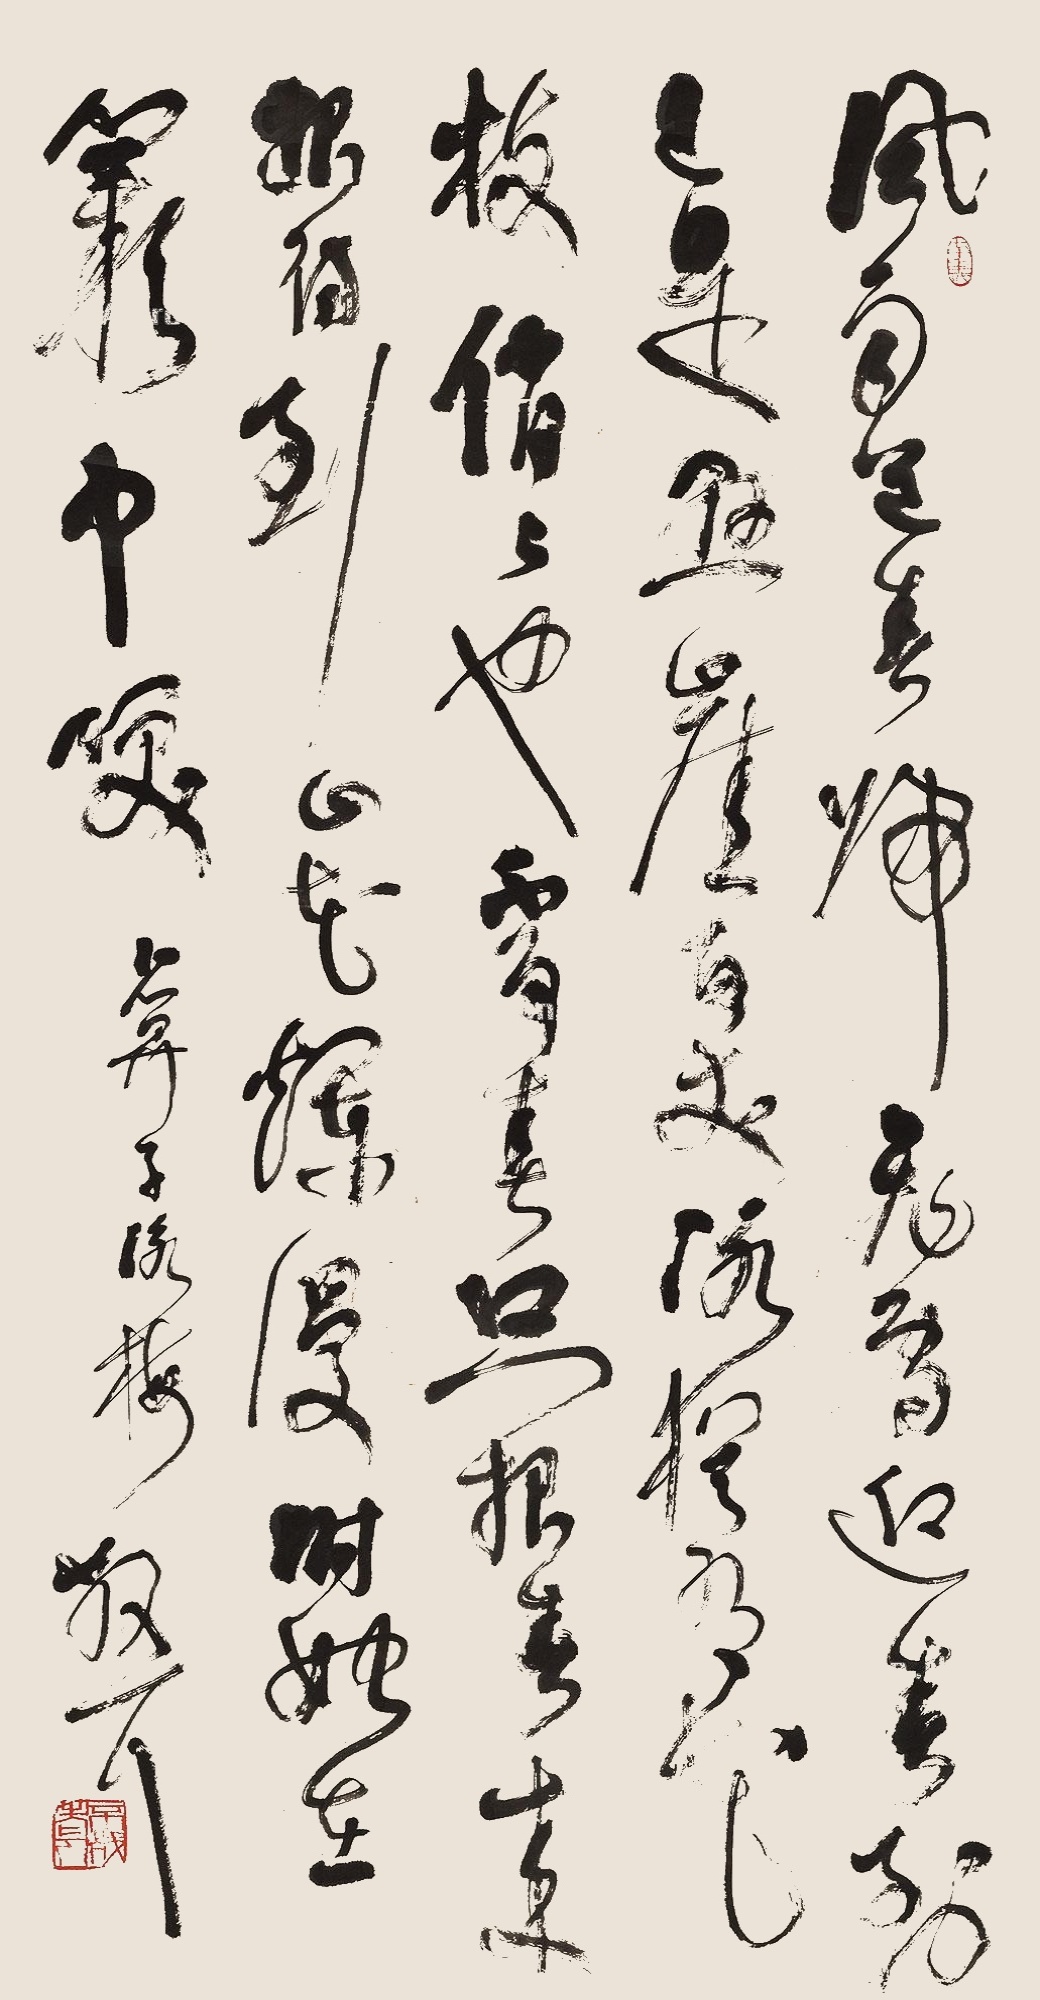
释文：风雨送春归，飞雪迎春到。已是悬崖百丈冰，犹有花枝俏。俏也不争春，只把春来报。待到山花烂漫时，她在丛中笑。《卜算子·咏梅》，散耳。